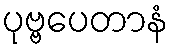
ပုဗ္ဗပေတာနံ